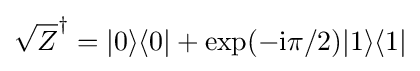
{\sqrt {Z}}^{\dagger }=|0\rangle \langle 0|+\exp(-\mathrm {i} \pi /2)|1\rangle \langle 1|